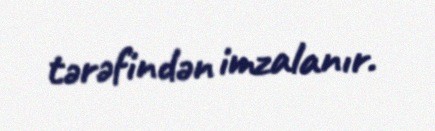
tərəfindən imzalanır.